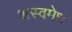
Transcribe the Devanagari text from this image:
अस्वमेध